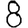
Digit: 8